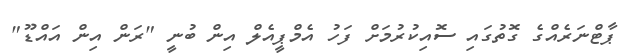
ޕާޓްނަރެއްގެ ގޮތުގައި ސޮއިކުރުމަށް ފަހު އެމްޕީއެލް އިން ބުނީ "ރަން އިން އައްޑޫ"